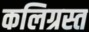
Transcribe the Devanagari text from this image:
कलिग्रस्त